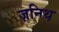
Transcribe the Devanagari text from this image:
ज़निथ़